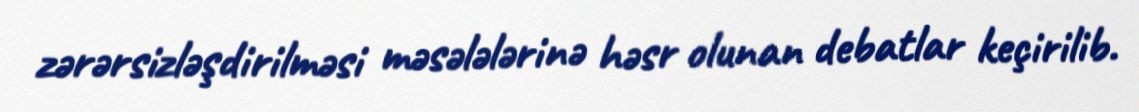
zərərsizləşdirilməsi məsələlərinə həsr olunan debatlar keçirilib.